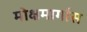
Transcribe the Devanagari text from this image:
मोक्षमार्गास